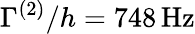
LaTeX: \Gamma^{(2)}/h=748\, \mathrm{{Hz}}